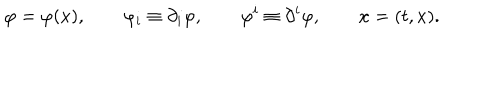
\varphi = \varphi ( x ) , \qquad \varphi _ { i } \equiv \partial _ { i } \varphi , \qquad \varphi ^ { i } \equiv \partial ^ { i } \varphi , \qquad x = ( t , x ) .